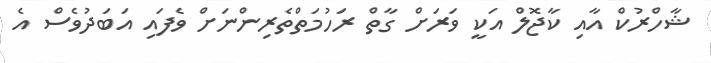
ޝާހްރުކް އާއި ކާޖޮލް އަކީ ވަރަށް ގާތް ރަހުމަތްތެރިންނަށް ވެފައި އަބަދުވެސް އެ